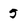
Character: 5